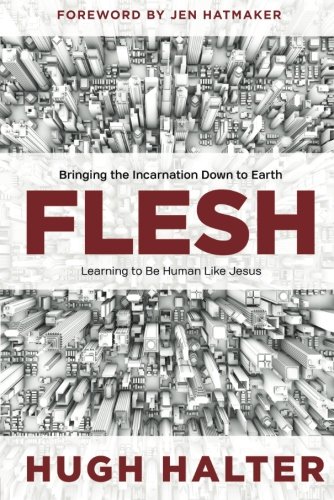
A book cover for Flesh: Bringing the Incarnation Down to Earth; Hugh Halter; Christian Books & Bibles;